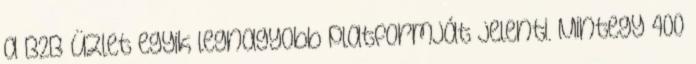
a B2B üzlet egyik legnagyobb platformját jelenti. Mintegy 400